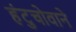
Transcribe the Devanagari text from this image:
हंटुचोवाने